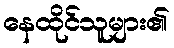
နေထိုင်သူများ၏